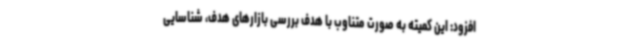
افزود: این کمیته به‌ صورت متناوب با هدف بررسی بازارهای هدف، شناسایی